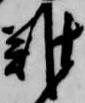
難